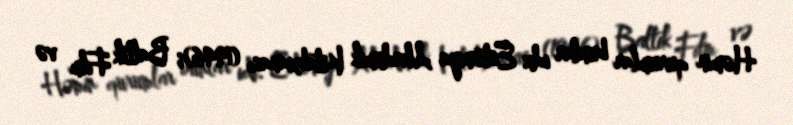
Həmin qurumlar bunlar idi: Estoniya Akademik Kitabxanası (1946); Baltik Film və